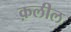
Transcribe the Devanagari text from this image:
क़लील